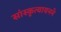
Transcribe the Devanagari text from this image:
सांस्कृत्यायनने